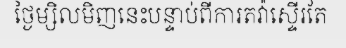
ថ្ងៃម្សិលមិញនេះបន្ទាប់ពីការតវ៉ាស្ទើរតែ